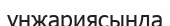
ұнжариясында